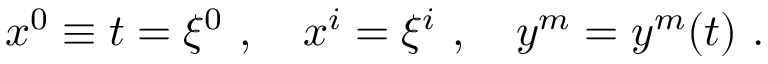
x ^ { 0 } \equiv t = \xi ^ { 0 } \ , \quad x ^ { i } = \xi ^ { i } \ , \quad y ^ { m } = y ^ { m } ( t ) \ .